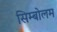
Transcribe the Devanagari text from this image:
सिम्बोलम